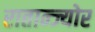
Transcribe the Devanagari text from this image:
रातान्ज्योर